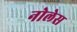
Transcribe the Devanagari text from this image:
नोलेस